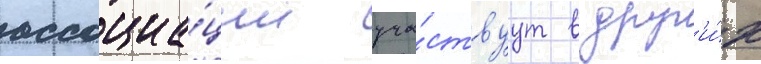
ассоциа́ции уча́ствуут в друг'и́х